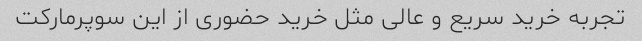
تجربه خرید سریع و عالی مثل خرید حضوری از این سوپرمارکت